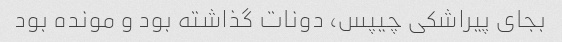
بجای پیراشکی چیپس، دونات گذاشته بود و مونده بود